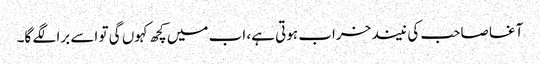
آغا صاحب کی نیند خراب ہوتی ہے، اب میں کچھ کہوں گی تو اسے برا لگے گا۔